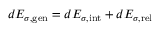
d { \cal E } _ { \sigma , \mathrm { g e n } } = d { \cal E } _ { \sigma , \mathrm { i n t } } + d { \cal E } _ { \sigma , \mathrm { r e l } }